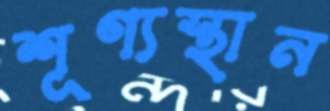
শূণ্যস্থান